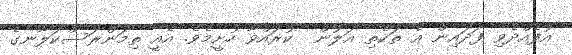
އުފެއްދެވި ފަދައިން އެ ތަކެތި އަލުން  ކުރައްވާ ހުށީމެވެ. އެއީ ތިމަންރަސްކަލާނގެ